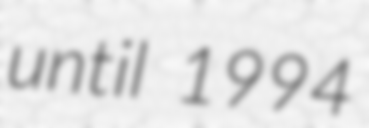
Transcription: until 1994